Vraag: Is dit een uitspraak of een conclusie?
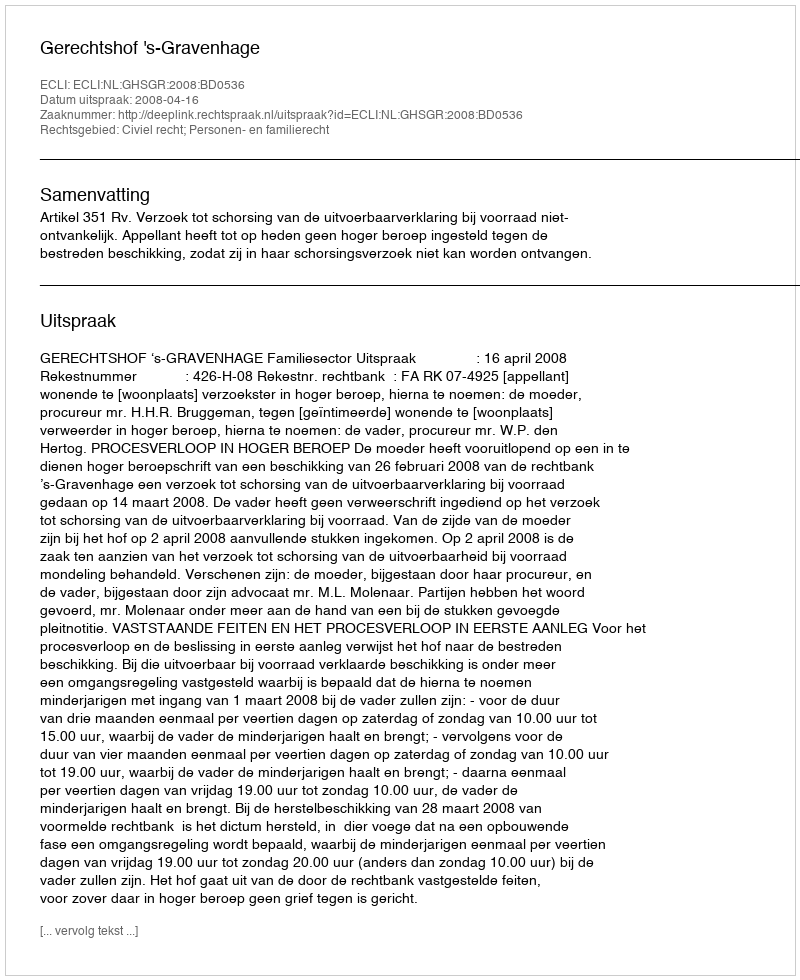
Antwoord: Uitspraak